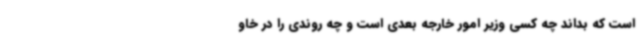
است که بداند چه کسی وزیر امور خارجه بعدی است و چه روندی را در خاو